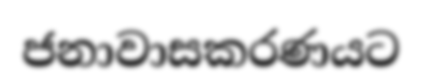
ජනාවාසකරණයට